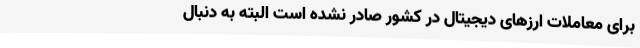
برای معاملات ارزهای دیجیتال در کشور صادر نشده است البته به دنبال